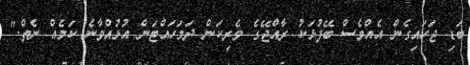
ބަޑި ޖަހައިގެން އެއްވެސް ބޭފުޅަކު ރާއްޖޭގެ ވެރިކަން ދަމަހައްޓަން އުޅުއްވާނެ ކަމެއް ނެތް."